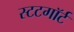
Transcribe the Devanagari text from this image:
स्टटगॉर्ट